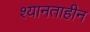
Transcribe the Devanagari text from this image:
श्यानताहीन